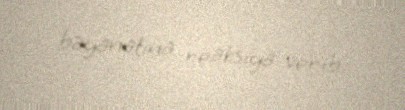
bəyanatına reaksiya verib.